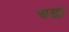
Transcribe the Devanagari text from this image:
चढा़